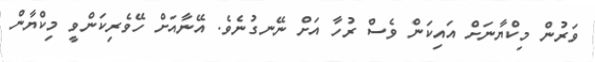
ވަރުން މިކްޔާނަށް އައިކަން ވެސް ރުހާ އަށް ނޭނގުނެވެ. އޭނާއަށް ހޭވެރިކަންވީ މިކްޔާން